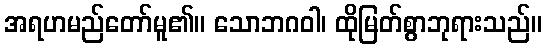
အရဟမည်တော်မူ၏။ သောဘဂဝါ၊ ထိုမြတ်စွာဘုရားသည်။